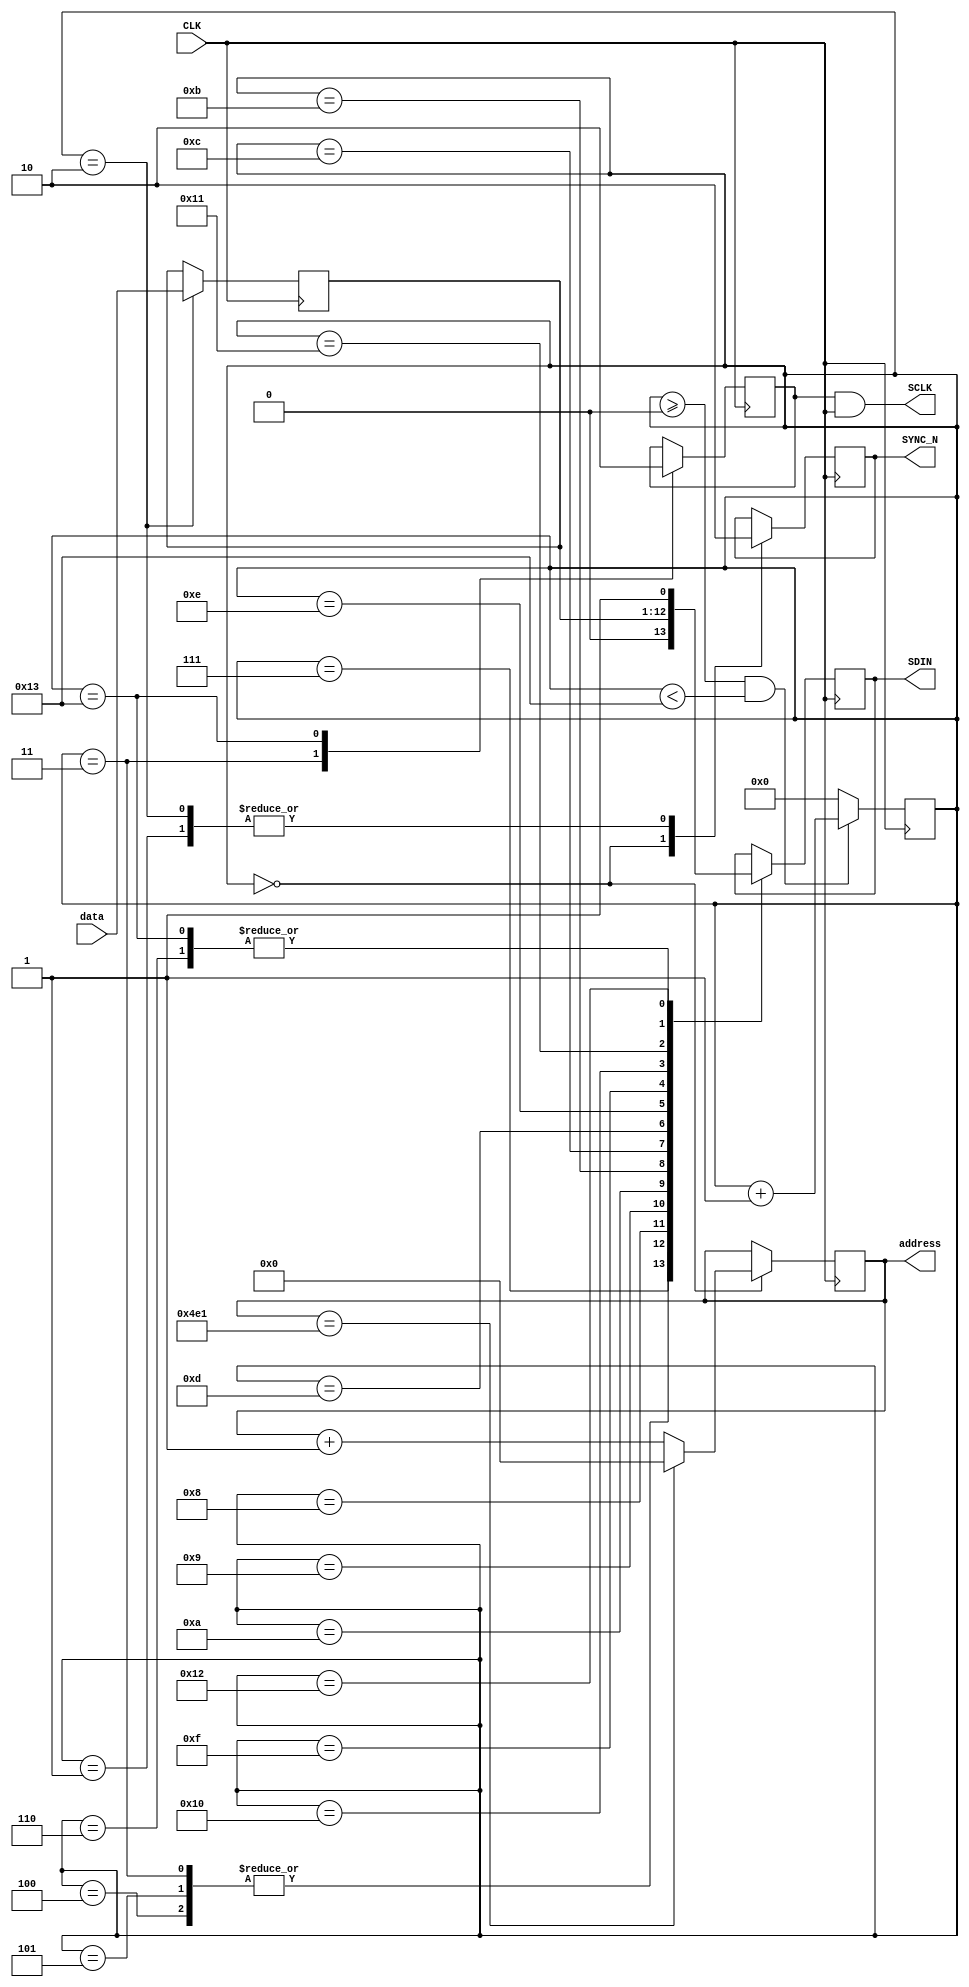
module dac_ctrl (
    output reg SYNC_N,
    output SCLK,
    output reg SDIN,
    output reg [10:0]address,
    input  CLK,
    input [11:0] data // 
);
reg [4:0] CYCLE;
reg SCLK_flag;
reg [11:0] data_locked;

initial 
begin
    SYNC_N <= 1'b1;
    SDIN <= 1'b1;
    CYCLE <= 5'b1_1111;
	 SCLK_flag <= 1'b0;
	 address <= 11'b0;
end

assign SCLK = SCLK_flag & CLK;

always @(posedge CLK) 
begin
    if (CYCLE >= 5'b0 && CYCLE < 'd19) 
    begin
        CYCLE <= CYCLE + 1'b1 ; 
    end
    else
    CYCLE <= 5'b0;
end

/*C15 C14 C13 C12 FUNCTION IMPLEMENTED
0 0 0 0 No operation (power-on default)
0 0 0 1 Load and update
0 0 1 0 Initiate readback
1 0 0 1 Daisy-chain disable
1 0 1 0 Clock data to shift register on rising edge
1 0 1 1 Clear DAC output to zero
1 1 0 0 Clear DAC output to midscale
 */
always @(posedge CLK) 
begin
    casex (CYCLE)
        'd0: begin
			  SYNC_N <= 1'b1;
				begin
					if(address == 'd1249)
					address <= 11'b0;
					else
					address <= address + 1'b1 ;
				end
		  end
        'd1: SYNC_N <= 1'b0;
        'd2: begin 
				SYNC_N <= 1'b0;
            data_locked <= data;
		  end
        'd3:begin 
                SCLK_flag <= 1'b1;
                SDIN <= 1'b0; // C3
            end 
        'd4: SDIN <= 1'b0;  //C2
        'd5: SDIN <= 1'b0;  //C1
        'd6: SDIN <= 1'b1;  //C0

        'd7: SDIN <= data_locked[11];  //DATA12
        'd8: SDIN <= data_locked[10];  //DATA11
        'd9: SDIN <= data_locked[9];  //DATA10
        'd10:SDIN <= data_locked[8];  //DATA9

        'd11:SDIN <= data_locked[7];  //DATA8
        'd12:SDIN <= data_locked[6];  //DATA7
        'd13:SDIN <= data_locked[5];  //DATA6
        'd14:SDIN <= data_locked[4];  //DATA5

        'd15:SDIN <= data_locked[3];  //DATA4
        'd16:SDIN <= data_locked[2];  //DATA3
        'd17:SDIN <= data_locked[1];  //DATA2
        'd18:SDIN <= data_locked[0];  //DATA1

        'd19:begin
                SCLK_flag <= 1'b0; 
                SDIN <= 1'b1;  
            end
		  
        default: SDIN <=SDIN;
    endcase    
end
endmodule